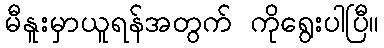
မီနူးမှာယူရန်အတွက် ကိုရွေးပါပြီ။